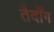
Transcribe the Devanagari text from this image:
तैदॉँग